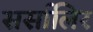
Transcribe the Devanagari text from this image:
सर्सालिर